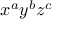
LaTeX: x ^ { a } y ^ { b } z ^ { c }